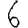
Digit: 6